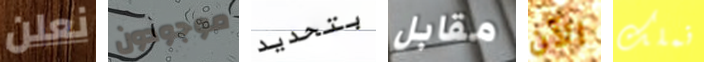
نعلن موجودون بتحديد مقابل الآن نملك